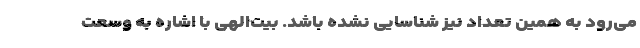
می‌رود به همین تعداد نیز شناسایی نشده باشد. بیت‌الهی با اشاره به وسعت